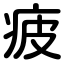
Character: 疲